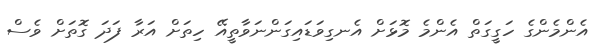
އެންމެންގެ ހަގީގަތް އެންމެ މޮޅަށް އެނގިވަޑައިގަންނަވާތީއޭ ހިތަށް އަރާ ފަދަ ގޮތަށް ވެސް